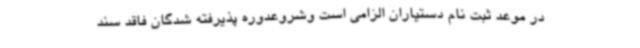
در موعد ثبت نام دستیاران الزامی است وشروعدوره پذیرفته شدگان فاقد سند